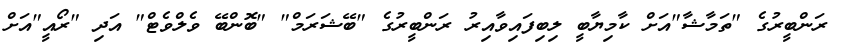
ރަންބީރުގެ "ތަމާޝާ"އަށް ކާމިޔާބީ ލިބިފައިވާއިރު ރަންބީރުގެ "ބޭޝަރަމް" "ބޮންބޭ ވެލްވެޓް" އަދި "ރޯއީ"އަށް